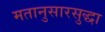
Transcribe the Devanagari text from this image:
मतानुसारसुद्धा